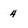
Character: 4